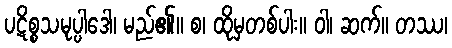
ပဋိစ္စသမုပ္ပါဒေါ၊ မည်၏။ စ၊ ထိုမှတစ်ပါး။ ဝါ၊ ဆက်။ တဿ၊